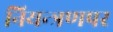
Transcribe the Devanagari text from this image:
नियन्त्रणपर